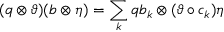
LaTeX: ( q \otimes \vartheta ) ( b \otimes \eta ) = \sum _ { k } q b _ { k } \otimes ( \vartheta \circ c _ { k } ) \eta